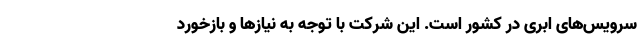
سرویس‌های ابری در کشور است. این شرکت با توجه به نیازها و بازخورد